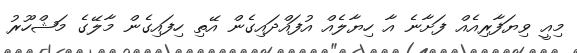
މިއީ ވިޔަފާރިއެއް ފަށާނެ އާ ހިޔާލެއް އުފައްދައިގެން އޭތި ހިފައިގެން މާލޭގެ މަޝްހޫރު